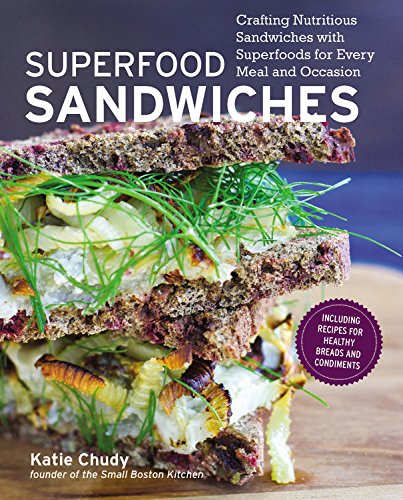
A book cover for Superfood Sandwiches: Crafting Nutritious Sandwiches with Superfoods for Every Meal and Occasion; Katie Chudy; Cookbooks, Food & Wine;